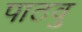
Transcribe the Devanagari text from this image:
पाठवु